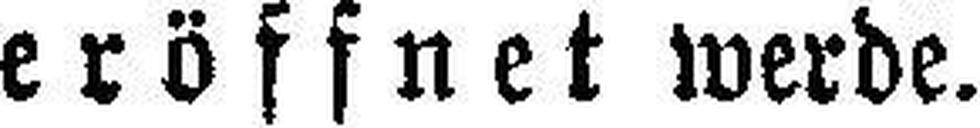
eröffnet werde.